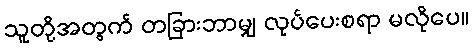
သူတို့အတွက် တခြားဘာမျှ လုပ်ပေးစရာ မလိုပေ။